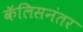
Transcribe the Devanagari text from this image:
कॅलिसनंतर